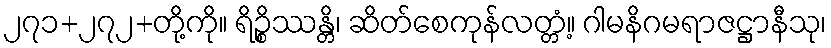
၂၇၁+၂၇၂+တို့ကို။ ရိဉ္စိဿန္တိ၊ ဆိတ်စေကုန်လတ္တံ့။ ဂါမနိဂမရာဇဋ္ဌာနီသု၊